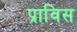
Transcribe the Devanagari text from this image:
प्राविस